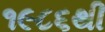
૧૯૮૬થી